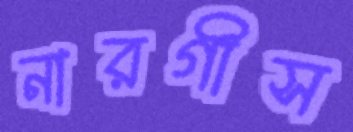
নারগীস